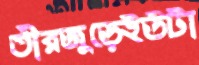
তীরজুড়েইউটা